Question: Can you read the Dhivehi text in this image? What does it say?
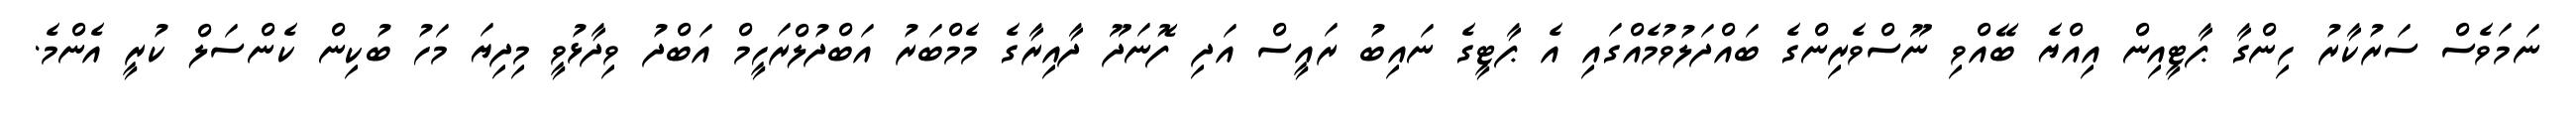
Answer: ނަމަވެސް ސަރުކާރު ހިންގާ ޕާޓީއިން އިއްޔެ ބޭއްވި ނޫސްވެރިންގެ ބައްދަލުވުމެއްގައި އެ ޕާޓީގެ ނައިބު ރައީސް އަދި ފޮނަދޫ ދާއިރާގެ މެމްބަރު އަބްދުލްރަހީމް އަބްދު ވިދާޅުވީ މިދިޔަ މަހު ބުކިން ކެންސަލް ކުރީ އެންމެ.